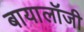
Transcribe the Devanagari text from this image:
बायालॉजी